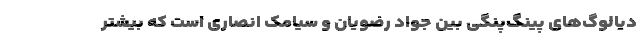
دیالوگ‌های پینگ‌پنگی بین جواد رضویان و سیامک انصاری است که بیشتر